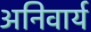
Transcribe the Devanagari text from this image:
अनिवार्य